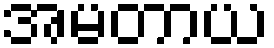
အမတာယ